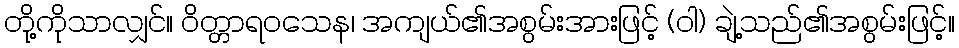
တို့ကိုသာလျှင်။ ဝိတ္တာရဝသေန၊ အကျယ်၏အစွမ်းအားဖြင့် (ဝါ) ချဲ့သည်၏အစွမ်းဖြင့်။